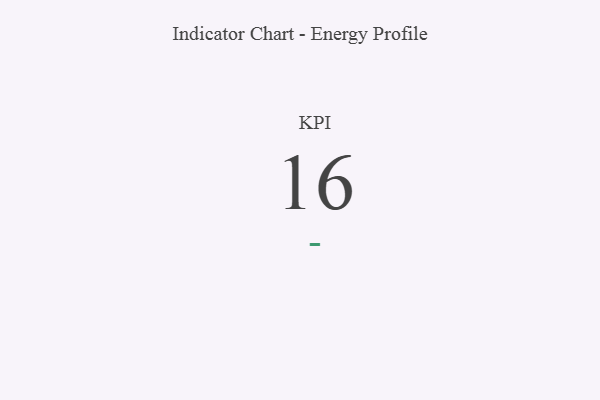
{"axis": {"x": "KPI", "y": "Value"}, "legend": [""], "data": [{"x": "KPI", "y": 16, "type": ""}]}